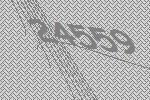
24559